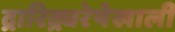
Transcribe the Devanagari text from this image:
द्रारिद्र्यरेषेखाली